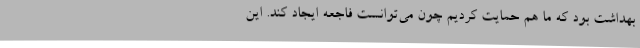
بهداشت بود که ما هم حمایت کردیم چون می‌توانست فاجعه ایجاد کند. این